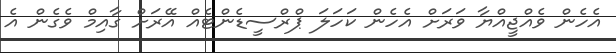
އެހެން ވެއްޖީއްޔާ ވަރަށް އެހެން ކަހަލަ ޕްރްސީޑެންޓެއް އޭރަށް ގާއިމް ވެގެން އެ